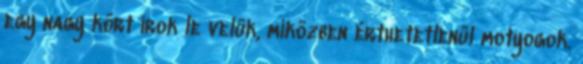
egy nagy kört írok le velük, miközben érthetetlenül motyogok.